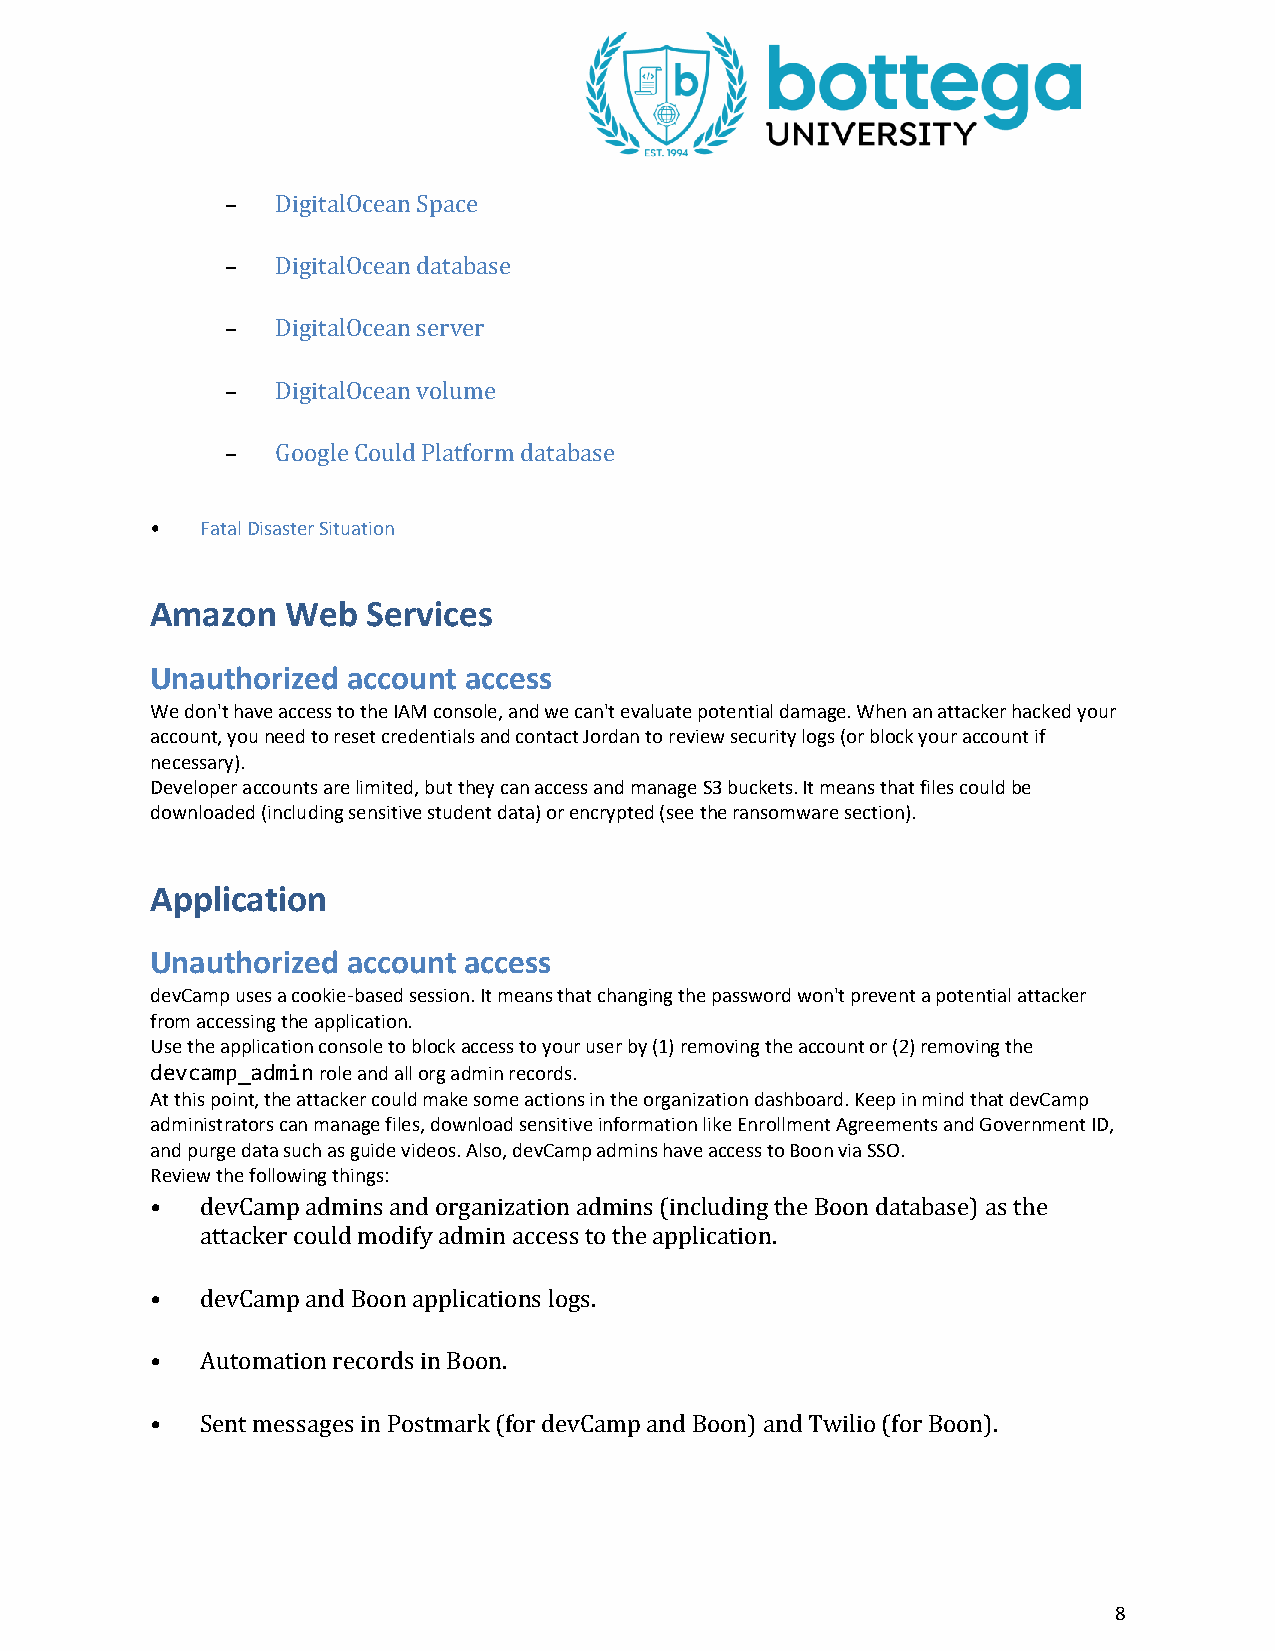
–  DigitalOcean Space
 –  DigitalOcean database
 –  DigitalOcean server
 –  DigitalOcean volume
 –  Google Could Platform database
 •  Fatal Disaster Situation
 Amazon   Web  Services
 Unauthorized account access
 We don't have access to the IAM console, and we can't evaluate potential damage. When an attacker hacked your
 account, you need to reset credentials and contact Jordan to review security logs (or block your account if
 necessary).
 Developer accounts are limited, but they can access and manage S3 buckets. It means that files could be
 downloaded (including sensitive student data) or encrypted (see the ransomware section).
 Application
 Unauthorized account access
 devCamp uses a cookie-based session. It means that changing the password won't prevent a potential attacker
 from accessing the application.
 Use the application console to block access to your user by (1) removing the account or (2) removing the
 devcamp_admin role and all org admin records.
 At this point, the attacker could make some actions in the organization dashboard. Keep in mind that devCamp
 administrators can manage files, download sensitive information like Enrollment Agreements and Government ID,
 and purge data such as guide videos. Also, devCamp admins have access to Boon via SSO.
 Review the following things:
 •  devCamp admins and organization admins (including the Boon database) as the
 attacker could modify admin access to the application.
 •  devCamp and Boon applications logs.
 •  Automation records in Boon.
 •  Sent messages in Postmark (for devCamp and Boon) and Twilio (for Boon).
 8